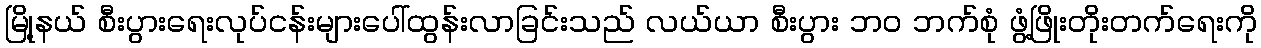
မြို့နယ် စီးပွားရေးလုပ်ငန်းများပေါ်ထွန်းလာခြင်းသည် လယ်ယာ စီးပွား ဘဝ ဘက်စုံ ဖွံ့ဖြိုးတိုးတက်ရေးကို